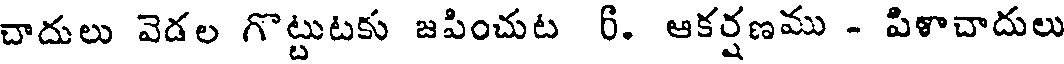
చాదులు వెడల గొట్టుటకు జపించుట 6. ఆకర్షణము - పిళాచాదులు